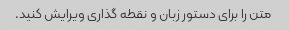
متن را برای دستور زبان و نقطه گذاری ویرایش کنید.